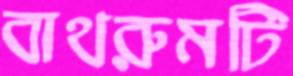
বাথরুমটি